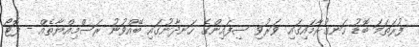
ފުރަތަމަ ބޮޑު ހަނގުރާމައިގައި ވަރުވި ސިފައިންގެ ހަނދާނުގައި ބޭއްވުނު ރަސްމިއްޔާތެއް - ފޮޓޯ